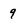
Character: 9